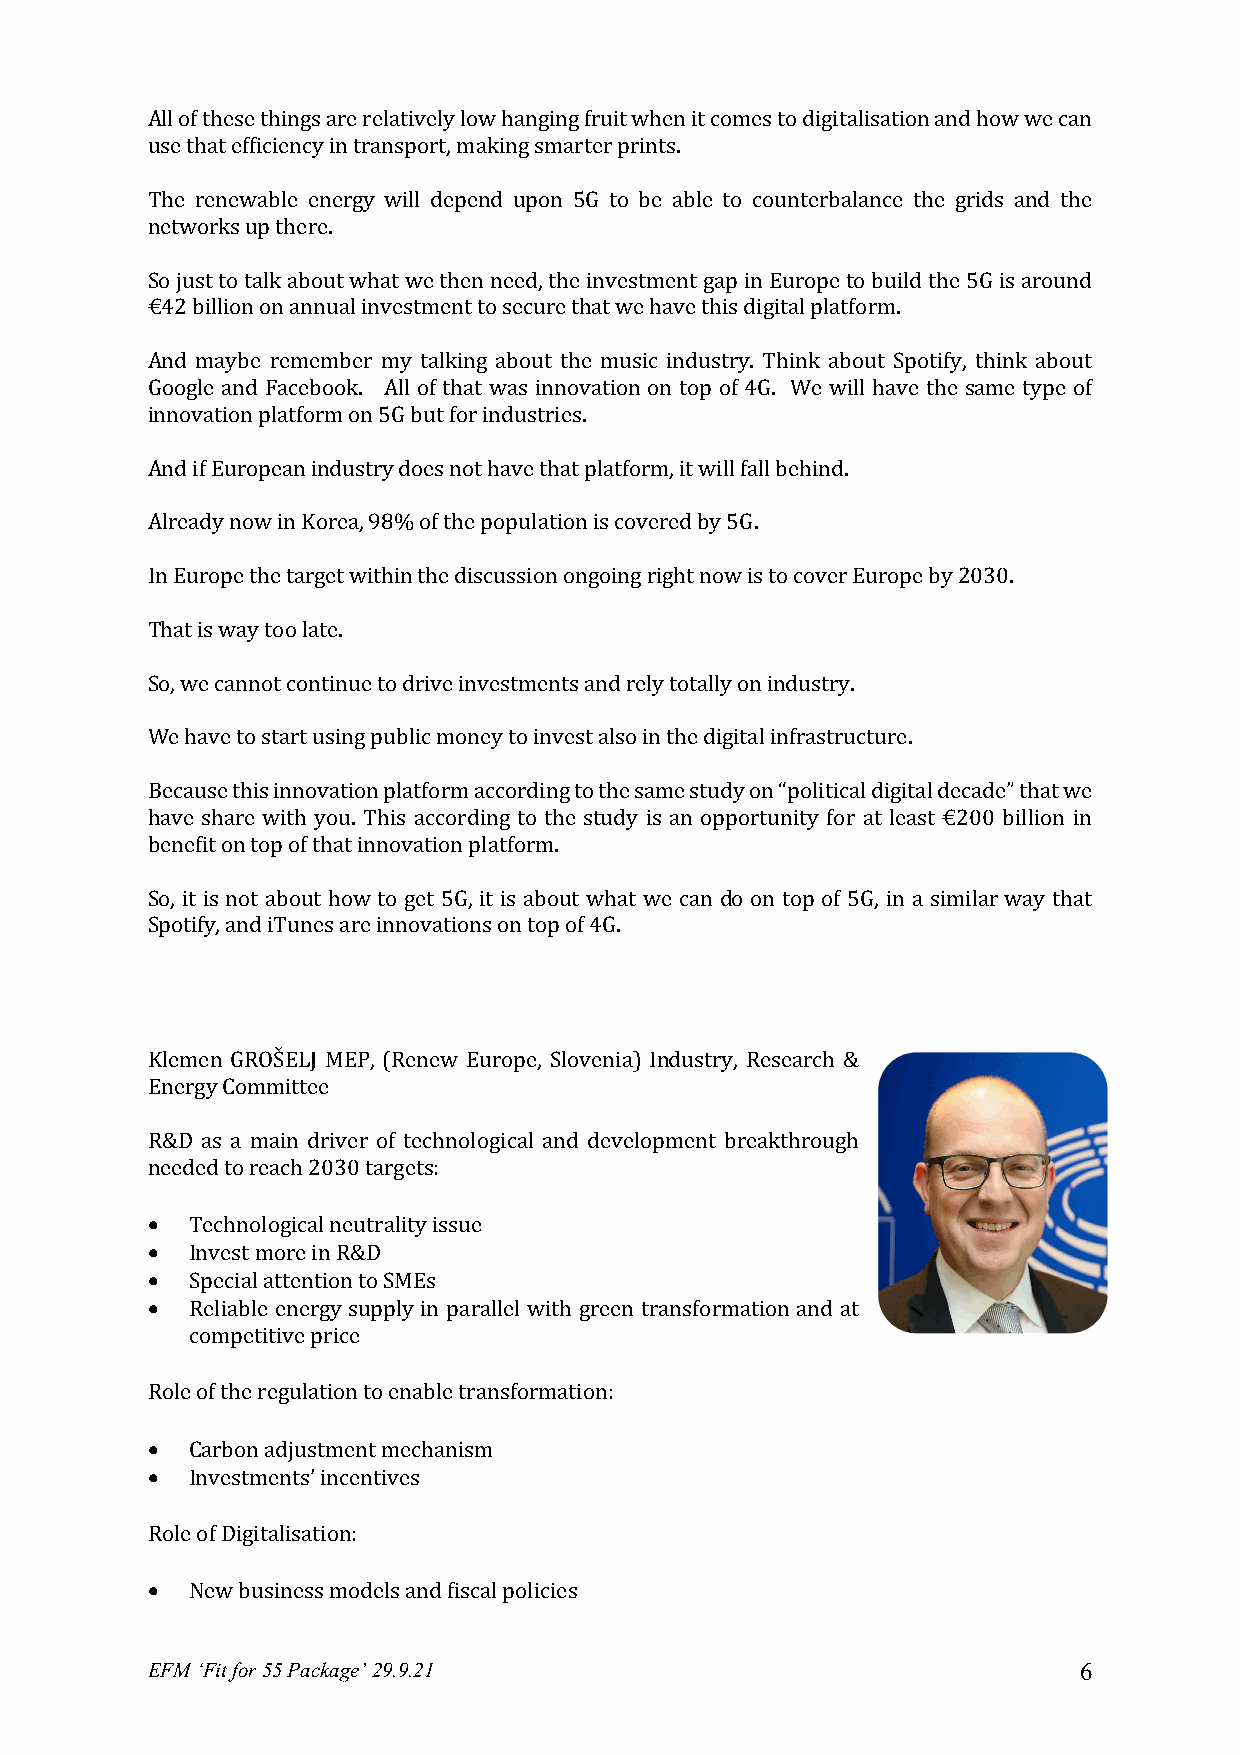
All of these things are relatively low hanging fruit when it comes to digitalisation and how we can
 use that efficiency in transport, making smarter prints.
 The renewable energy will depend upon 5G to be able to counterbalance the grids and the
 networks up there.
 So just to talk about what we then need, the investment gap in Europe to build the 5G is around
 €42 billion on annual investment to secure that we have this digital platform.
 And maybe remember my talking about the music industry. Think about Spotify, think about
 Google and Facebook. All of that was innovation on top of 4G. We will have the same type of
 innovation platform on 5G but for industries.
 And if European industry does not have that platform, it will fall behind.
 Already now in Korea, 98% of the population is covered by 5G.
 In Europe the target within the discussion ongoing right now is to cover Europe by 2030.
 That is way too late.
 So, we cannot continue to drive investments and rely totally on industry.
 We have to start using public money to invest also in the digital infrastructure.
 Because this innovation platform according to the same study on “political digital decade” that we
 have share with you. This according to the study is an opportunity for at least €200 billion in
 benefit on top of that innovation platform.
 So, it is not about how to get 5G, it is about what we can do on top of 5G, in a similar way that
 Spotify, and iTunes are innovations on top of 4G.
 Klemen GROŠELJ MEP, (Renew Europe, Slovenia) Industry, Research &
 Energy Committee
 R&D as a main driver of technological and development breakthrough
 needed to reach 2030 targets:
 •  Technological neutrality issue
 •  Invest more in R&D
 •  Special attention to SMEs
 •  Reliable energy supply in parallel with green transformation and at
 competitive price
 Role of the regulation to enable transformation:
 •  Carbon adjustment mechanism
 •  Investments’ incentives
 Role of Digitalisation:
 •  New business models and fiscal policies
 EFM ‘Fit for 55 Package’ 29.9.21                             6